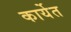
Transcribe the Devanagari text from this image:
कार्येत